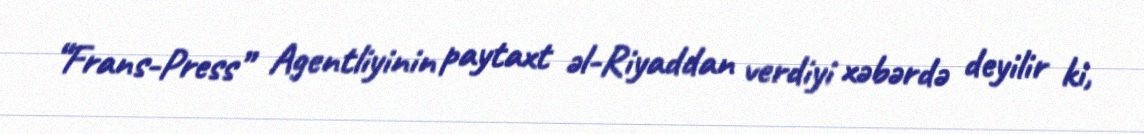
“Frans-Press” Agentliyinin paytaxt əl-Riyaddan verdiyi xəbərdə deyilir ki,